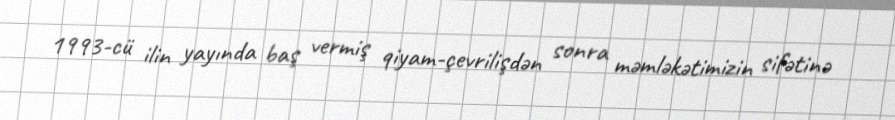
1993-cü ilin yayında baş vermiş qiyam-çevrilişdən sonra məmləkətimizin sifətinə